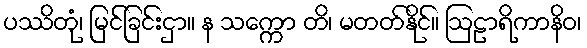
ပဿိတုံ၊ မြင်ခြင်းငှာ။ န သက္ကော တိ၊ မတတ်နိုင်။ ဩဠာရိကာနိဝ၊